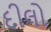
દીલો